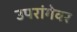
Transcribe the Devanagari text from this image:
उपरांगेवर